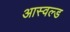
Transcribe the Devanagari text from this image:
आस्वल्ड